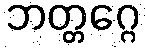
ဘတ္တဂ္ဂေ